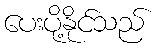
ပေးပို့နိုင်သည်